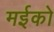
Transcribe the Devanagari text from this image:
मईको